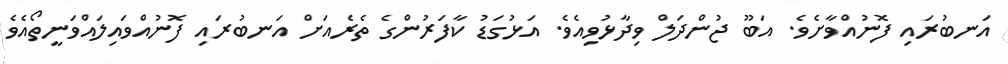
އަނބުރައި ފޮނުއްވާށެވެ. އަބޫ ޖުންދަލް ވިދާޅުވިއެވެ. އަޅުގަޑު ކާފަރުންގެ ތެރެއަށް އަނބުރައި ފޮނުއްވައިލައްވަނީތޯއެވެ